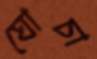
ঘোচা